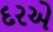
દરએ